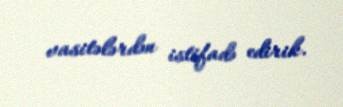
vasitələrdən istifadə edirik.